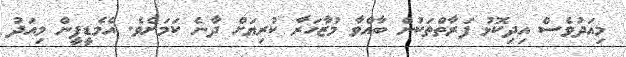
މިއަދުވެސް އިދިކޮޅު ފަރާތްތަކުން ބާއްވާ މުޒާހަރާ ކުރިޔަށް ދާނެ ކަމަށެވެ. އެމެޑީޕީން މިއަދު